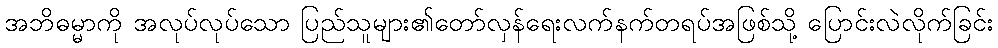
အဘိဓမ္မာကို အလုပ်လုပ်သော ပြည်သူများ၏တော်လှန်ရေးလက်နက်တရပ်အဖြစ်သို့ ပြောင်းလဲလိုက်ခြင်း